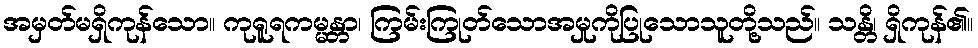
အမှတ်မရှိကုန်သော။ ကုရူရကမ္မန္တာ၊ ကြမ်းကြုတ်သောအမှုကိုပြုသောသူတို့သည်။ သန္တိ၊ ရှိကုန်၏။